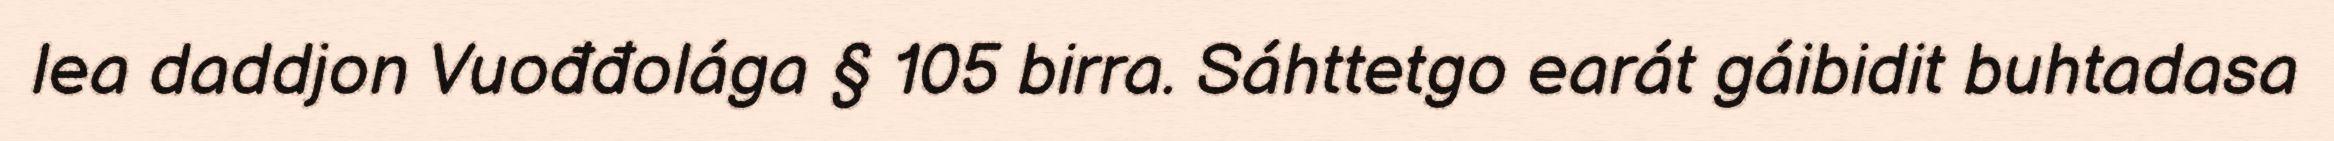
lea daddjon Vuođđolága § 105 birra. Sáhttetgo earát gáibidit buhtadasa